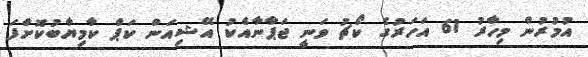
އުމުރުން މިހާރު 61 އަހަރުގެ ކޯޗު ވަނީ ޖަޕާނާއެކު އޭޝިއަން ކަޕް ކާމިޔާބުކޮށްފަ